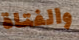
والفتاة